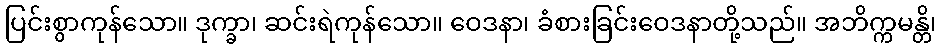
ပြင်းစွာကုန်သော။ ဒုက္ခာ၊ ဆင်းရဲကုန်သော။ ဝေဒနာ၊ ခံစားခြင်းဝေဒနာတို့သည်။ အဘိက္ကမန္တိ၊